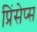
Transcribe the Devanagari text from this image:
प्रिंसेप्स